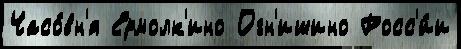
Часо́вн'я Ермолк'ино Огн'ишино Росс'и́и